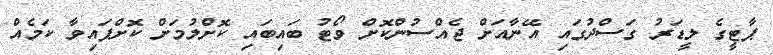
ޕާޓީގެ ލީޑަރު ގަސްދުގައި އޭނާއަށް ޖެއްސުންކޮށް ވޯޓު ބައިބައި ކޮށްލުމަށް ކޮށްފައިވާ ކަމެއް